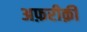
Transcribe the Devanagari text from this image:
अफ़रीक़ी